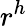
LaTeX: r^{h}